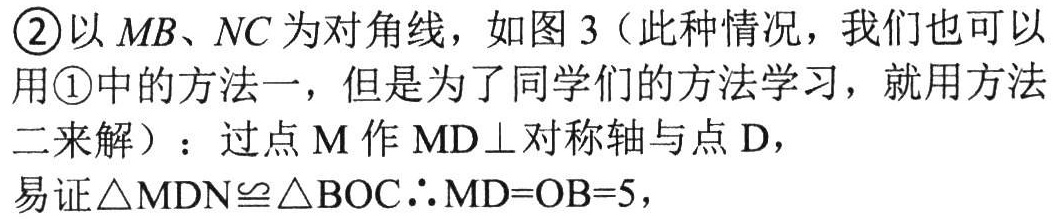
\textcircled{2}以$MB$、$NC$为对角线，如图3（此种情况，我们也可以用\textcircled{1}中的方法一，但是为了同学们的方法学习，就用方法二来解）：过点$M$作$MD\perp$对称轴与点$D$，
易证$\triangle MDN\cong\triangle BOC$$\therefore MD = OB = 5$，